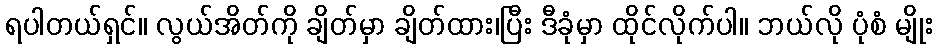
ရပါတယ်ရှင်။ လွယ်အိတ်ကို ချိတ်မှာ ချိတ်ထား၊ပြီး ဒီခုံမှာ ထိုင်လိုက်ပါ။ ဘယ်လို ပုံစံ မျိုး